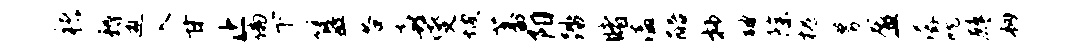
褚耨邀入甘止偏下簋谷喜燮坡蕃阳踏睹溘醅抄破除槐募盈潺吮鹧韧